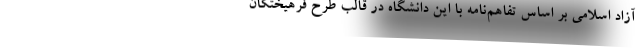
آزاد اسلامی بر اساس تفاهم‌نامه با این دانشگاه در قالب طرح فرهیختگان